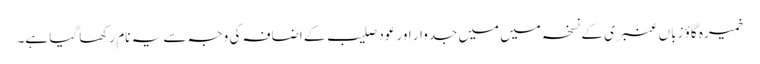
خمیرہ گاؤ زباں عنبری کے نسخہ میں میں جدوار اور عود صلیب کے اِضافہ کی وجہ سے یہ نام رکھا گیا ہے۔